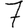
Digit: 7